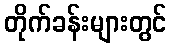
တိုက်ခန်းများတွင်